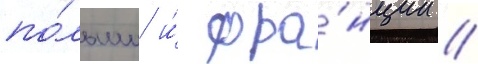
по́льши и́ фра́нции //